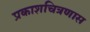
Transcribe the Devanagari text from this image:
प्रकाशचित्रणास